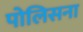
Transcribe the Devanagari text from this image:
पोलिसना